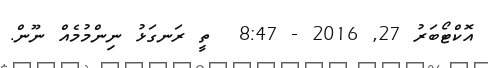
އޮކްޓޯބަރު 27